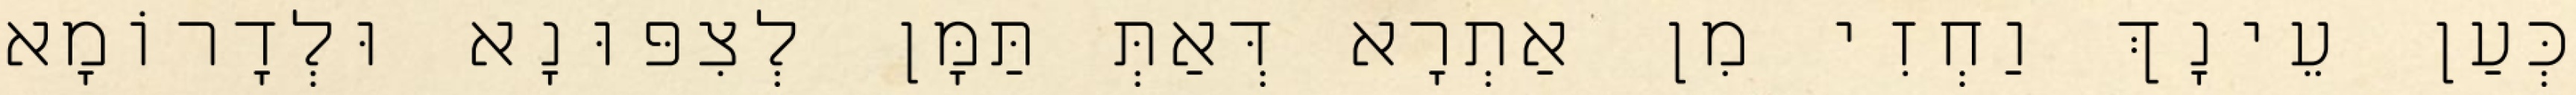
כְּעַן עֵינָךְ וַחְזִי מִן אַתְרָא דְּאַתְּ תַּמָּן לְצִפּוּנָא וּלְדָרוֹמָא